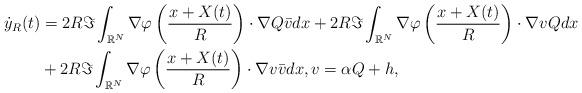
LaTeX: \begin{align*}\dot{y}_R(t) &= 2R \Im \int_{\mathbb{R}^N} \nabla \varphi \left( \frac{x+X(t)}{R} \right) \cdot \nabla Q \bar{v} dx + 2R \Im \int_{\mathbb{R}^N} \nabla \varphi \left( \frac{x+X(t)}{R} \right) \cdot \nabla v Q dx \\&+ 2R \Im \int_{\mathbb{R}^N} \nabla \varphi \left( \frac{x+X(t)}{R} \right) \cdot \nabla v \bar{v} dx, v =\alpha Q +h,\end{align*}